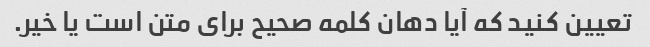
تعیین کنید که آیا دهان کلمه صحیح برای متن است یا خیر.